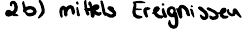
2b) mittels Ereignissen